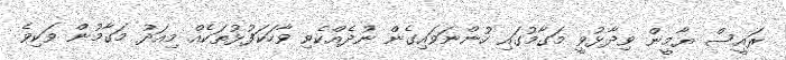
ރައީސް ޔާމީން ވިދާޅުވީ މަގާމުގައި ހުންނަވައިގެން ނުދެއްކެވި ވާހަކަފުޅުތަކެއް މިއަދު މަގާމުން ވަކިވެ